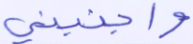
واجنبني